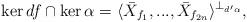
LaTeX: \begin{align*}\ker df\cap \ker\alpha=\langle \bar{X}_{f_1},...,\bar{X}_{f_{2n}}\rangle^{\perp_{d'\alpha}},\end{align*}